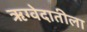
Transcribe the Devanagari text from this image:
ऋग्वेदातीला